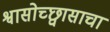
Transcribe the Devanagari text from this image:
श्वासोच्छ्वासाचा